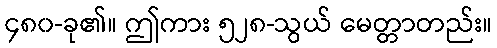
၄၈၀-ခု၏။ ဤကား ၅၂၈-သွယ် မေတ္တာတည်း။